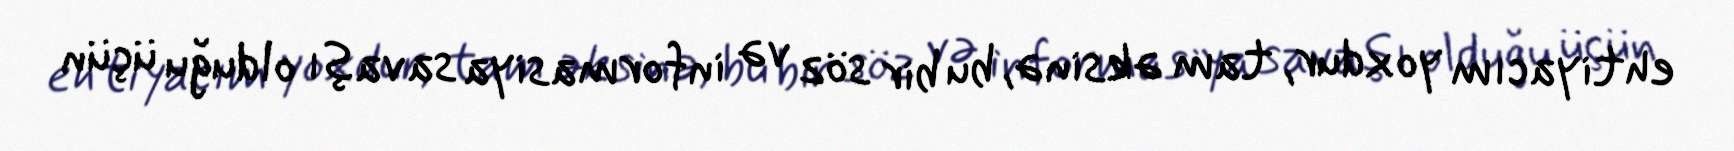
ehtiyacım yoxdur, tam əksinə, bu bir söz və informasiya savaşı olduğu üçün